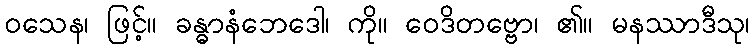
ဝသေန၊ ဖြင့်။ ခန္ဓာနံဘေဒေါ၊ ကို။ ဝေဒိတဗ္ဗော၊ ၏။ မနဿာဒီသု၊